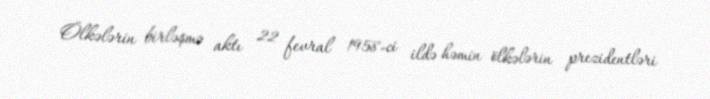
Ölkələrin birləşmə aktı 22 fevral 1958-ci ildə həmin ölkələrin prezidentləri